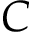
C